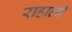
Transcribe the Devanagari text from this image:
राहाली